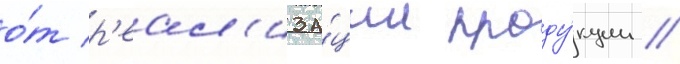
о́т р'еал'иза́ции проду́кции /